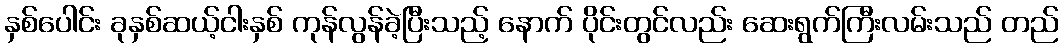
နှစ်ပေါင်း ခုနှစ်ဆယ့်ငါးနှစ် ကုန်လွန်ခဲ့ပြီးသည့် နောက် ပိုင်းတွင်လည်း ဆေးရွက်ကြီးလမ်းသည် တည်